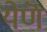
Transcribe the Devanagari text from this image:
येणॆ